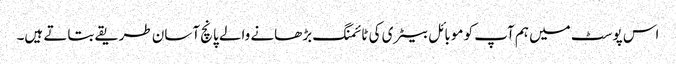
اس پوسٹ میں ہم آپ کو موبائل بیٹری کی ٹائمنگ بڑھانے والے پانچ آسان طریقے بتاتے ہیں۔